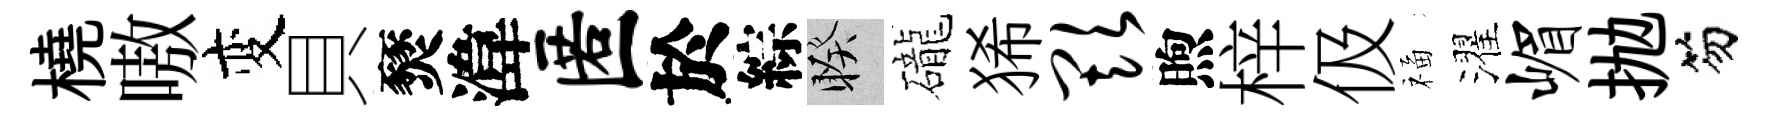
橈嗷变貝燹湋匿於綜睽礲狶欺煦梓伋福濯嵋抛笏